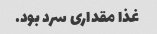
غذا مقداری سرد بود.